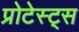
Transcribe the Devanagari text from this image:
प्रोटेस्ट्स